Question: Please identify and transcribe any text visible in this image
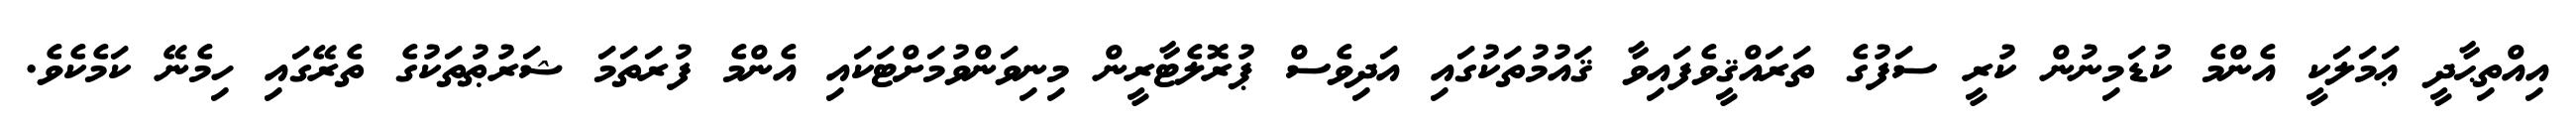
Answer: އިއްތިޙާދީ ޢަމަލަކީ އެންމެ ކުޑަމިނުން ކުރީ ސަފުގެ ތަރައްޤީވެފައިވާ ޤައުމުތަކުގައި އަދިވެސް ޕުރޮލެޓާރީން މިނިވަންވުމަށްޓަކައި އެންމެ ފުރަތަމަ ޝަރުޠުތަކުގެ ތެރޭގައި ހިމެނޭ ކަމެކެވެ.